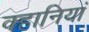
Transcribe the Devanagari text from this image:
क्हानियां